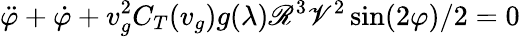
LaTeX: \ddot{\varphi}+\dot{\varphi}+v_{g}^{2}C_{T}(v_{g})g(\lambda)\mathscr{R}^{3}\mathscr{V}^{2}\sin(2\varphi)/2=0